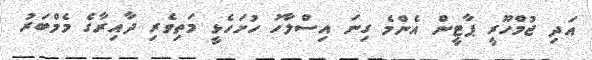
އަދި ޖުމްހޫރީ ޕާޓީން އެންމެ ގިނަ އިސްލާހު ހުށަހެޅީ މަތިވެރި ދާއިރާގެ މެމްބަރު